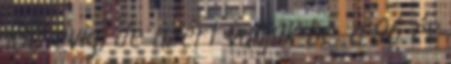
100 évig, de azért valljuk be, a 96 év